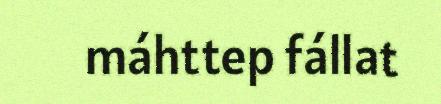
máhttep fállat